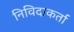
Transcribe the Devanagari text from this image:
निविदाकर्ता